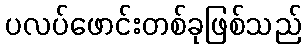
ပလပ်ဖောင်းတစ်ခုဖြစ်သည်